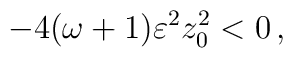
-4(\omega +1) \varepsilon^2 z_0 ^2 <0 \, ,